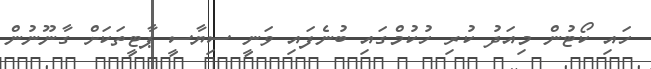
ހައި ކޯޓުން މިއަދު ކުރި ހުކުމްގައި ބުނެފައި ވަނީ ސިޔާސީ ޕާޓީތަކަށް ގާނޫނުން